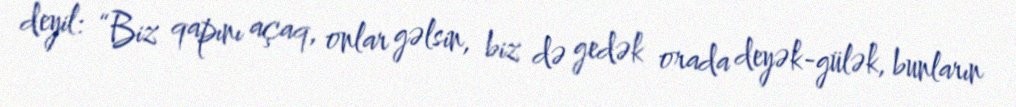
deyil: “Biz qapını açaq, onlar gəlsin, biz də gedək orada deyək-gülək, bunların